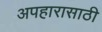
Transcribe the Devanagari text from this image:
अपहारासाठी